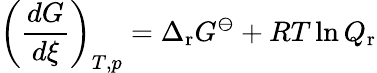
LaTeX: \left({\frac{dG}{d\xi}}\right)_{T,p}=\Delta_{\mathrm{r}}G^{\ominus}+RT\ln Q_{\mathrm{r}}